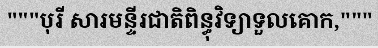
"""បុរី សារមន្ទីរជាតិពិន្ធុវិទ្យាទួលគោក,"""